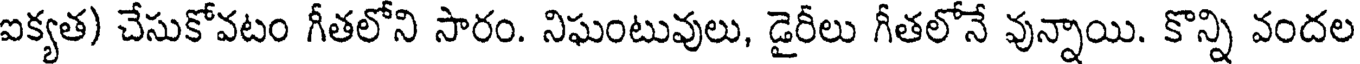
ఐక్యత) చేసుకోవటం గీతలోని సారం. నిఘంటువులు, డైరీలు గీతలోనే వున్నాయి. కొన్ని వందల